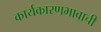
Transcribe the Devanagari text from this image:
कार्यकारणभावाची